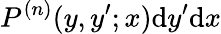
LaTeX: P^{(n)}(y,y^{\prime};x)\mathrm{d}y^{\prime}\mathrm{d}x